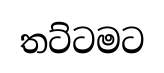
තට්ටමට